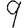
Digit: 9